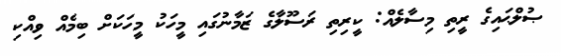
ޞުލްޙައިގެ ރީތި މިސާލެއް: ކީރިތި ރަސޫލާގެ ޒަމާނުގައި މީހަކު މީހަކަށް ބިމެއް ވިއްކި